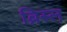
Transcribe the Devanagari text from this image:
ब्रिस्ल